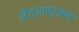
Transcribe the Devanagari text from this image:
संज्ञाप्रमाण